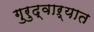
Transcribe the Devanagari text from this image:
गुरुद्वाऱ्यात